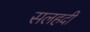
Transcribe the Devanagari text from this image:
सलहदी